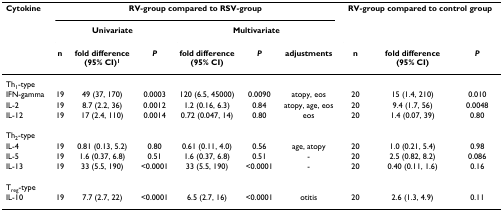
| Cytokine | <COLSPAN=6> RV-group compared to RSV-group | <COLSPAN=3> RV-group compared to control group |
 |  | <COLSPAN=3> Univariate | <COLSPAN=3> Multivariate |  |  |  |
 |  | n | fold difference(95% CI)1 | P | fold difference(95% CI) | P | adjustments | n | fold difference(95% CI) | P |
 | --- | --- | --- | --- | --- | --- | --- | --- | --- | --- |
 | Th1-type |  |  |  |  |  |  |  |  |  |
 | IFN-gamma | 19 | 49 (37, 170) | 0.0003 | 120 (6.5, 45000) | 0.0090 | atopy, eos | 20 | 15 (1.4, 210) | 0.010 |
 | IL-2 | 19 | 8.7 (2.2, 36) | 0.0012 | 1.2 (0.16, 6.3) | 0.84 | atopy, age, eos | 20 | 9.4 (1.7, 56) | 0.0048 |
 | IL-12 | 19 | 17 (2.4, 110) | 0.0014 | 0.72 (0.047, 14) | 0.80 | eos | 20 | 1.4 (0.07, 39) | 0.80 |
 | Th2-type |  |  |  |  |  |  |  |  |  |
 | IL-4 | 19 | 0.81 (0.13, 5.2) | 0.80 | 0.61 (0.11, 4.0) | 0.56 | age, atopy | 20 | 1.0 (0.21, 5.4) | 0.98 |
 | IL-5 | 19 | 1.6 (0.37, 6.8) | 0.51 | 1.6 (0.37, 6.8) | 0.51 | - | 20 | 2.5 (0.82, 8.2) | 0.086 |
 | IL-13 | 19 | 33 (5.5, 190) | <0.0001 | 33 (5.5, 190) | <0.0001 | - | 20 | 0.40 (0.11, 1.6) | 0.16 |
 | Treg-type |  |  |  |  |  |  |  |  |  |
 | IL-10 | 19 | 7.7 (2.7, 22) | <0.0001 | 6.5 (2.7, 16) | <0.0001 | otitis | 20 | 2.6 (1.3, 4.9) | 0.11 |